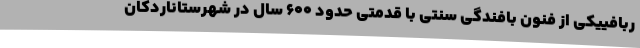
ربافییکی از فنون بافندگی سنتی با قدمتی حدود 600 سال در شهرستاناردکان